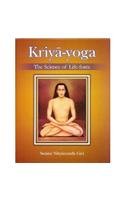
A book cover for Kriya Yoga The Science of Life Force; Swami Nityananda Giri; Health, Fitness & Dieting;